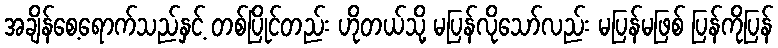
အချိန်စေ့ရောက်သည်နှင့် တစ်ပြိုင်တည်း ဟိုတယ်သို့ မပြန်လိုသော်လည်း မပြန်မဖြစ် ပြန်ကိုပြန်